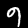
Label: 9